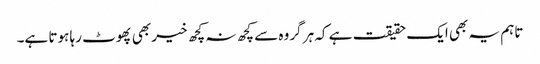
تاہم یہ بھی ایک حقیقت ہے کہ ہر گروہ سے کچھ نہ کچھ خیر بھی پھوٹ رہا ہوتا ہے۔